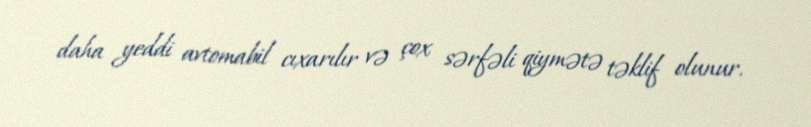
daha yeddi avtomabil cıxarılır və çox sərfəli qiymətə təklif olunur.